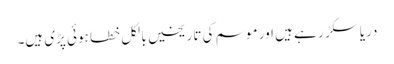
دریا سکڑ ر ہے ہیں اور موسم کی تاریخیں بالکل خطا ہوئی پڑی ہیں۔